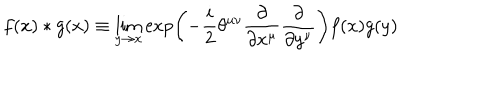
f ( x ) * g ( x ) \equiv \lim _ { y \rightarrow x } \exp \left( - \frac { i } { 2 } \theta ^ { \mu \nu } \frac { \partial } { \partial x ^ { \mu } } \frac { \partial } { \partial y ^ { \nu } } \right) f ( x ) g ( y )